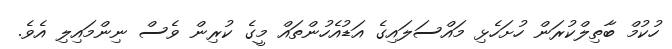
ހުކުމް ބާތިލްކުރަން ހުށަހެޅި މައްސަލައިގެ އަޑުއެހުންތައް މީގެ ކުރިން ވެސް ނިންމައިލި އެވެ.